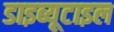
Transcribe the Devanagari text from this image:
डाइब्यूटाइल